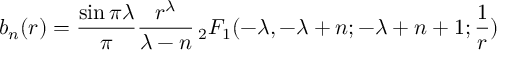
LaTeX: b _ { n } ( r ) = \frac { \sin \pi \lambda } { \pi } \frac { r ^ { \lambda } } { \lambda - n } \, _ { 2 } F _ { 1 } ( - \lambda , - \lambda + n ; - \lambda + n + 1 ; \frac 1 r )